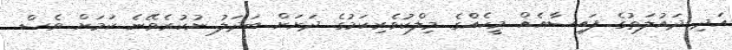
އަދި ދައުލަތުގެ ފައިސާއެއް މީހެއްގެ މިލްކުވެރިކަމުގެ ދަށަށް ބަދަލު ނުކުރެވޭނެ ކަމަށް ވެސް